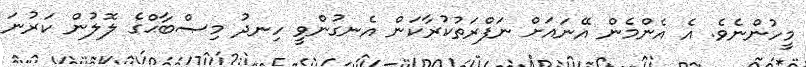
މީހުންނެވެ. އެ އެންމެން އޭނައަށް ނަފްރަތުކުރާކަން އެނގުންވީ ހިނދު މިޞްބާޙްގެ ލޮލުން ކަރުނަ